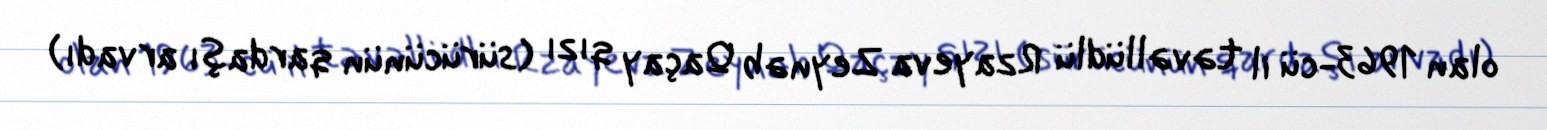
olan 1963-cü il təvəllüdlü Rzayeva Zeynəb Qaçay qızı (sürücünün qardaşı arvadı)